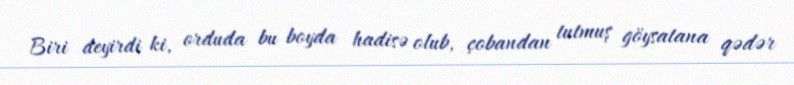
Biri deyirdi ki, orduda bu boyda hadisə olub, çobandan tutmuş göysatana qədər